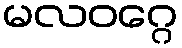
မလဝဂ္ဂေ